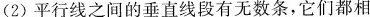
(2)平行线之间的垂直线段有无数条，它们都相